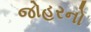
જોહરનો